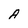
Character: A